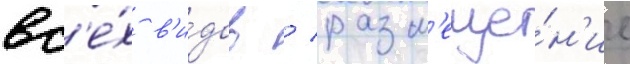
вс'е́х в'и́дов / разм'еще́н'ие